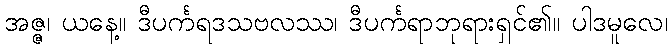
အဇ္ဇ၊ ယနေ့။ ဒီပင်္ကရဒသဗလဿ၊ ဒီပင်္ကရာဘုရားရှင်၏။ ပါဒမူလေ၊